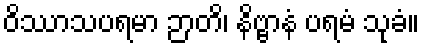
ဝိဿာသပရမာ ဉာတိ၊ နိဗ္ဗာနံ ပရမံ သုခံ။